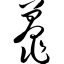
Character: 鼍